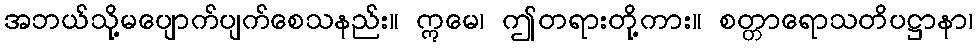
အဘယ်သို့မပျောက်ပျက်စေသနည်း။ ဣမေ၊ ဤတရားတို့ကား။ စတ္တာရောသတိပဋ္ဌာနာ၊